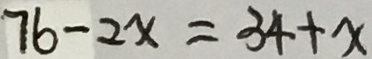
7 b - 2 x = 3 4 + x